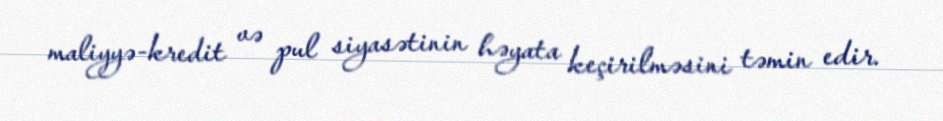
maliyyə-kredit və pul siyasətinin həyata keçirilməsini təmin edir.